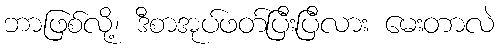
ဘာဖြစ်လို့၊ ဒီစာအုပ်ဖတ်ပြီးပြီလား မေးတာလဲ